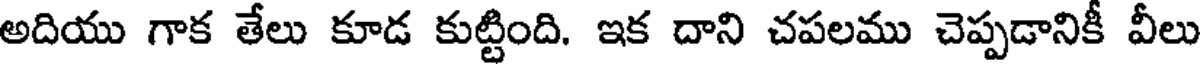
అదియు గాక తేలు కూడ కుట్టింది. ఇక దాని చపలము చెప్పడానికీ వీలు